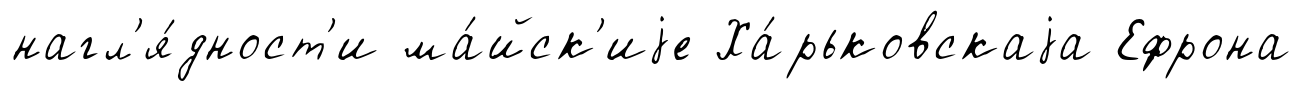
нагл'я́дност'и ма́йск'иjе Ха́рьковскаjа Ефрона